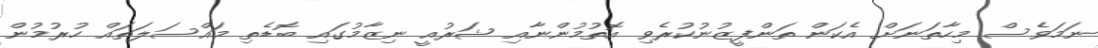
ނަމަވެސް މިހާތަނަށް އެކަން ތަންފީޒުނުކުރެވި އޮތުމުންނާއި ޝަރުއީ ނިޒާމުގައި ބޮޑެތި މައްސަލަތައް ހުރުމުން